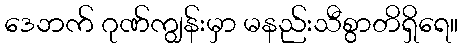
ဒေဘက် ဂုဏ်ကျွန်းမှာ မနည်းသီစွာတိရှိရေ။